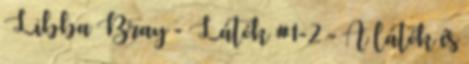
Libba Bray - Látók #1-2 - A látók és